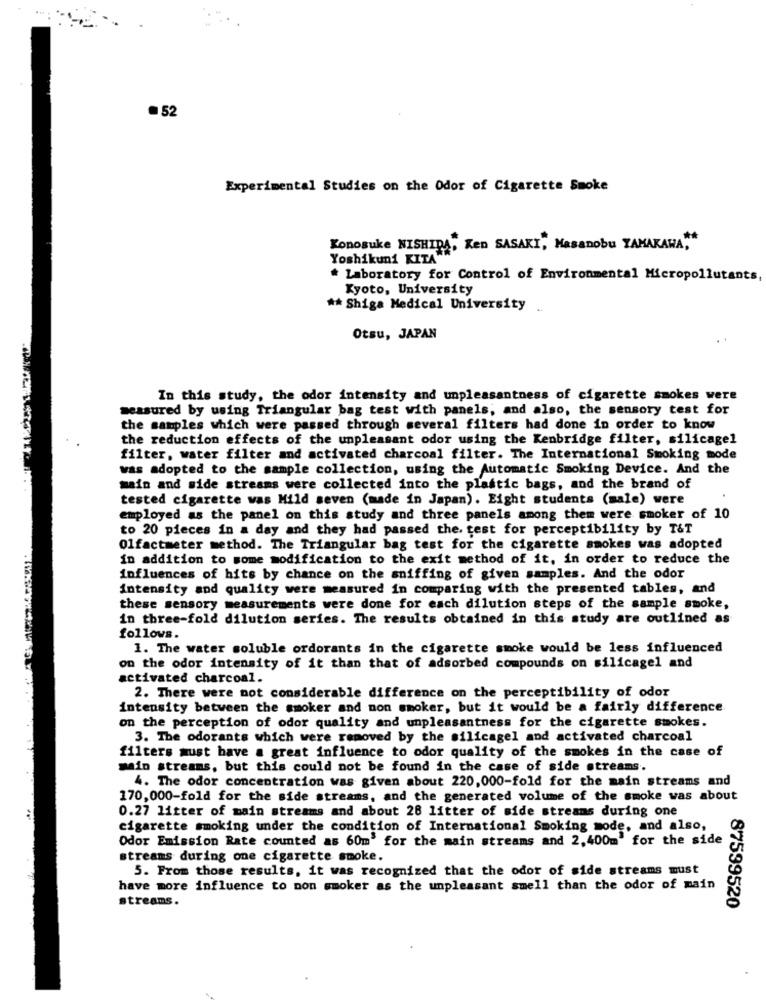
.52
Experimental Studies on the Odor of Cigarette Smoke
Konosuke NISHIDA, Ken SASAKI, Masanobu TAMAKAWA,""
Yoshikuni KITA
* Laboratory for Control of Environmental Micropollutants,
Kyoto, University
** Shiga Medical University
Otsu, JAPAN
In this study, the odor intensity and unpleasantness of cigarette smokes were
measured by using Triangular bag test with panels, and also, the sensory test for
the samples which were passed through several filters had done in order to know
the reduction effects of the unpleasant odor using the Kenbridge filter, silicagel
filter, water filter and activated charcoal filter. The International Smoking mode
was adopted to the sample collection, using the Automatic Smoking Device. And the
main and side streams were collected into the plastic bags, and the brand of
tested cigarette was Mild seven (made in Japan). Eight students (male) were
employed as the panel on this study and three panels among them were smoker of 10
to 20 pieces in a day and they had passed the. test for perceptibility by T&T
Olfactmeter method. The Triangular bag test for the cigarette smokes was adopted
in addition to some modification to the exit method of it, in order to reduce the
influences of hits by chance on the sniffing of given samples. And the odor
intensity and quality were measured in comparing with the presented tables, and
these sensory measurements were done for each dilution steps of the sample smoke,
in three-fold dilution series. The results obtained in this study are outlined as
follows.
1. The water soluble ordorants in the cigarette smoke would be less influenced
on the odor intensity of it than that of adsorbed compounds on silicagel and
activated charcoal.
2. There were not considerable difference on the perceptibility of odor
intensity between the smoker and non smoker, but it would be a fairly difference
on the perception of odor quality and unpleasantness for the cigarette smokes.
3. The odorants which were removed by the silicagel and activated charcoal
filters must have a great influence to odor quality of the smokes in the case of
main streams, but this could not be found in the case of side streams.
4. The odor concentration was given about 220,000-fold for the main streams and
170,000-fold for the side streams, and the generated volume of the smoke was about
..
0.27 litter of main streams and about 28 litter of side streams during one
cigarette smoking under the condition of International Smoking mode, and also,
Odor Emission Rate counted as 60m' for the main streams and 2,400m' for the side
streams during one cigarette smoke.
5. From those results, it was recognized that the odor of side streams must
have more influence to non smoker as the unpleasant smell than the odor of main
streams.
87599520